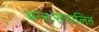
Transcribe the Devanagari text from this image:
अन्तःसंचालित